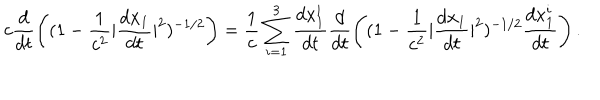
c \frac { d } { d t } \left( ( 1 - \frac { 1 } { c ^ { 2 } } | \frac { d { \bf x } _ { 1 } } { d t } | ^ { 2 } ) ^ { - 1 / 2 } \right) = \frac { 1 } { c } \sum _ { i = 1 } ^ { 3 } \frac { d x _ { 1 } ^ { i } } { d t } \frac { d } { d t } \left( ( 1 - \frac { 1 } { c ^ { 2 } } | \frac { d { \bf x } _ { 1 } } { d t } | ^ { 2 } ) ^ { - 1 / 2 } \frac { d x _ { 1 } ^ { i } } { d t } \right) .